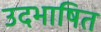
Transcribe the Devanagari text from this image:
उदभाषित